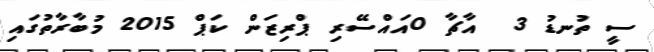
ސީ ތުނޑު 3  އާޗާ 0އައްސޭރި ޕްރިޒަން ކަޕް 2015 މުބާރާތުގައި